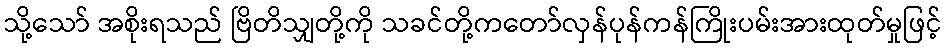
သို့သော် အစိုးရသည် ဗြိတိသျှတို့ကို သခင်တို့ကတော်လှန်ပုန်ကန်ကြိုးပမ်းအားထုတ်မှုဖြင့်